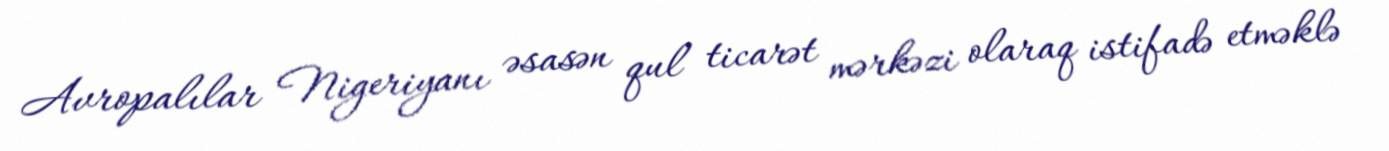
Avropalılar Nigeriyanı əsasən qul ticarət mərkəzi olaraq istifadə etməklə